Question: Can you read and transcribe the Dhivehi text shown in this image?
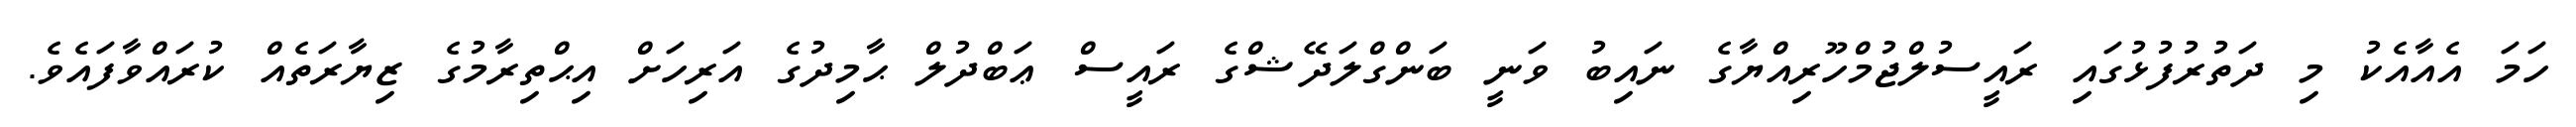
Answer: ހަމަ އެއާއެކު މި ދަތުރުފުޅުގައި ރައީސުލްޖުމްހޫރިއްޔާގެ ނައިބު ވަނީ ބަންގްލަދޭޝްގެ ރައީސް ޢަބްދުލް ޙާމިދުގެ އަރިހަށް އިޙްތިރާމުގެ ޒިޔާރަތެއް ކުރައްވާފައެވެ.